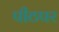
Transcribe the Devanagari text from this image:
पीठपर